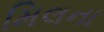
મિલના